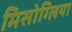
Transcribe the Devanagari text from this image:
मिसोग्लिया